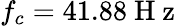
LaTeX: f_{c}=41.88\mathrm{~H~z~}